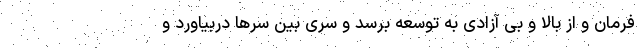
فرمان و از بالا و بی آزادی به توسعه برسد و سری بین سرها دربیاورد و